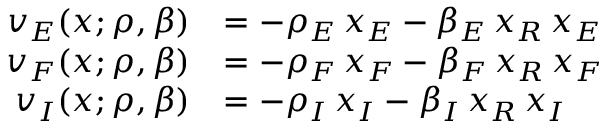
\begin{array} { r l } { v _ { E } ( x ; \rho , \beta ) } & { = - \rho _ { E } \, x _ { E } - \beta _ { E } \, x _ { R } \, x _ { E } } \\ { v _ { F } ( x ; \rho , \beta ) } & { = - \rho _ { F } \, x _ { F } - \beta _ { F } \, x _ { R } \, x _ { F } } \\ { v _ { I } ( x ; \rho , \beta ) } & { = - \rho _ { I } \, x _ { I } - \beta _ { I } \, x _ { R } \, x _ { I } } \end{array}